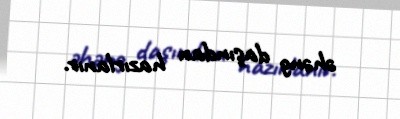
əhəng daşından hazırlanır.